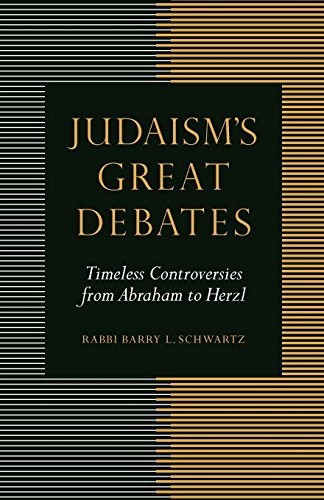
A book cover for Judaism's Great Debates: Timeless Controversies from Abraham to Herzl; Barry L. Schwartz; Religion & Spirituality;